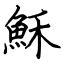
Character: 穌